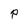
Character: P